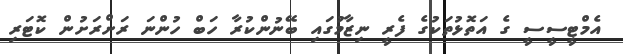
އެމްޓީސީސީ ގެ އަތޮޅުތަކުގެ ފެރީ ނިޒާމުގައި ބޭނުންކުރާ ހަބް ހުންނަ ރަށްރަށުން ކޮޓަރި